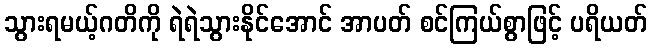
သွားရမယ့်ဂတိကို ရဲရဲသွားနိုင်အောင် အာပတ် စင်ကြယ်စွာဖြင့် ပရိယတ်